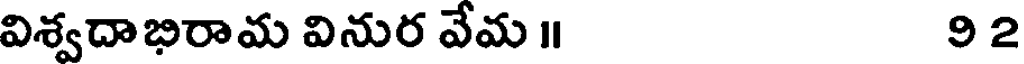
విశ్వదాభిరామ వినుర వేమ ॥ 92